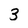
Character: 3